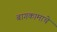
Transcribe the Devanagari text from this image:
बागकामाचे